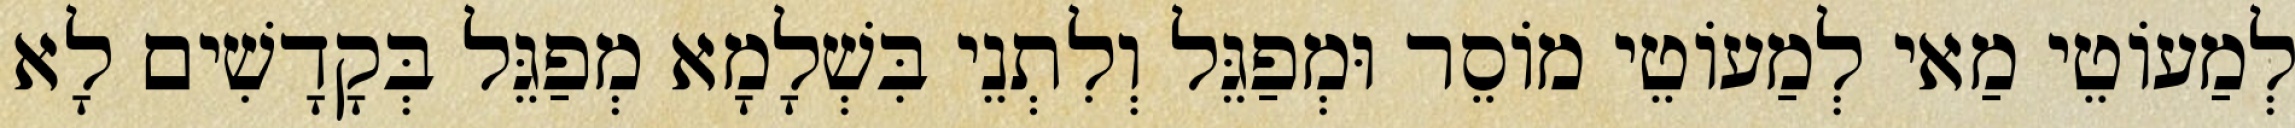
לְמַעוֹטֵי מַאי לְמַעוֹטֵי מוֹסֵר וּמְפַגֵּל וְלִתְנֵי בִּשְׁלָמָא מְפַגֵּל בְּקָדָשִׁים לָא